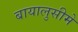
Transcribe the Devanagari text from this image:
बायालुसीमे